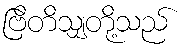
ဗြိတိသျှတို့သည်